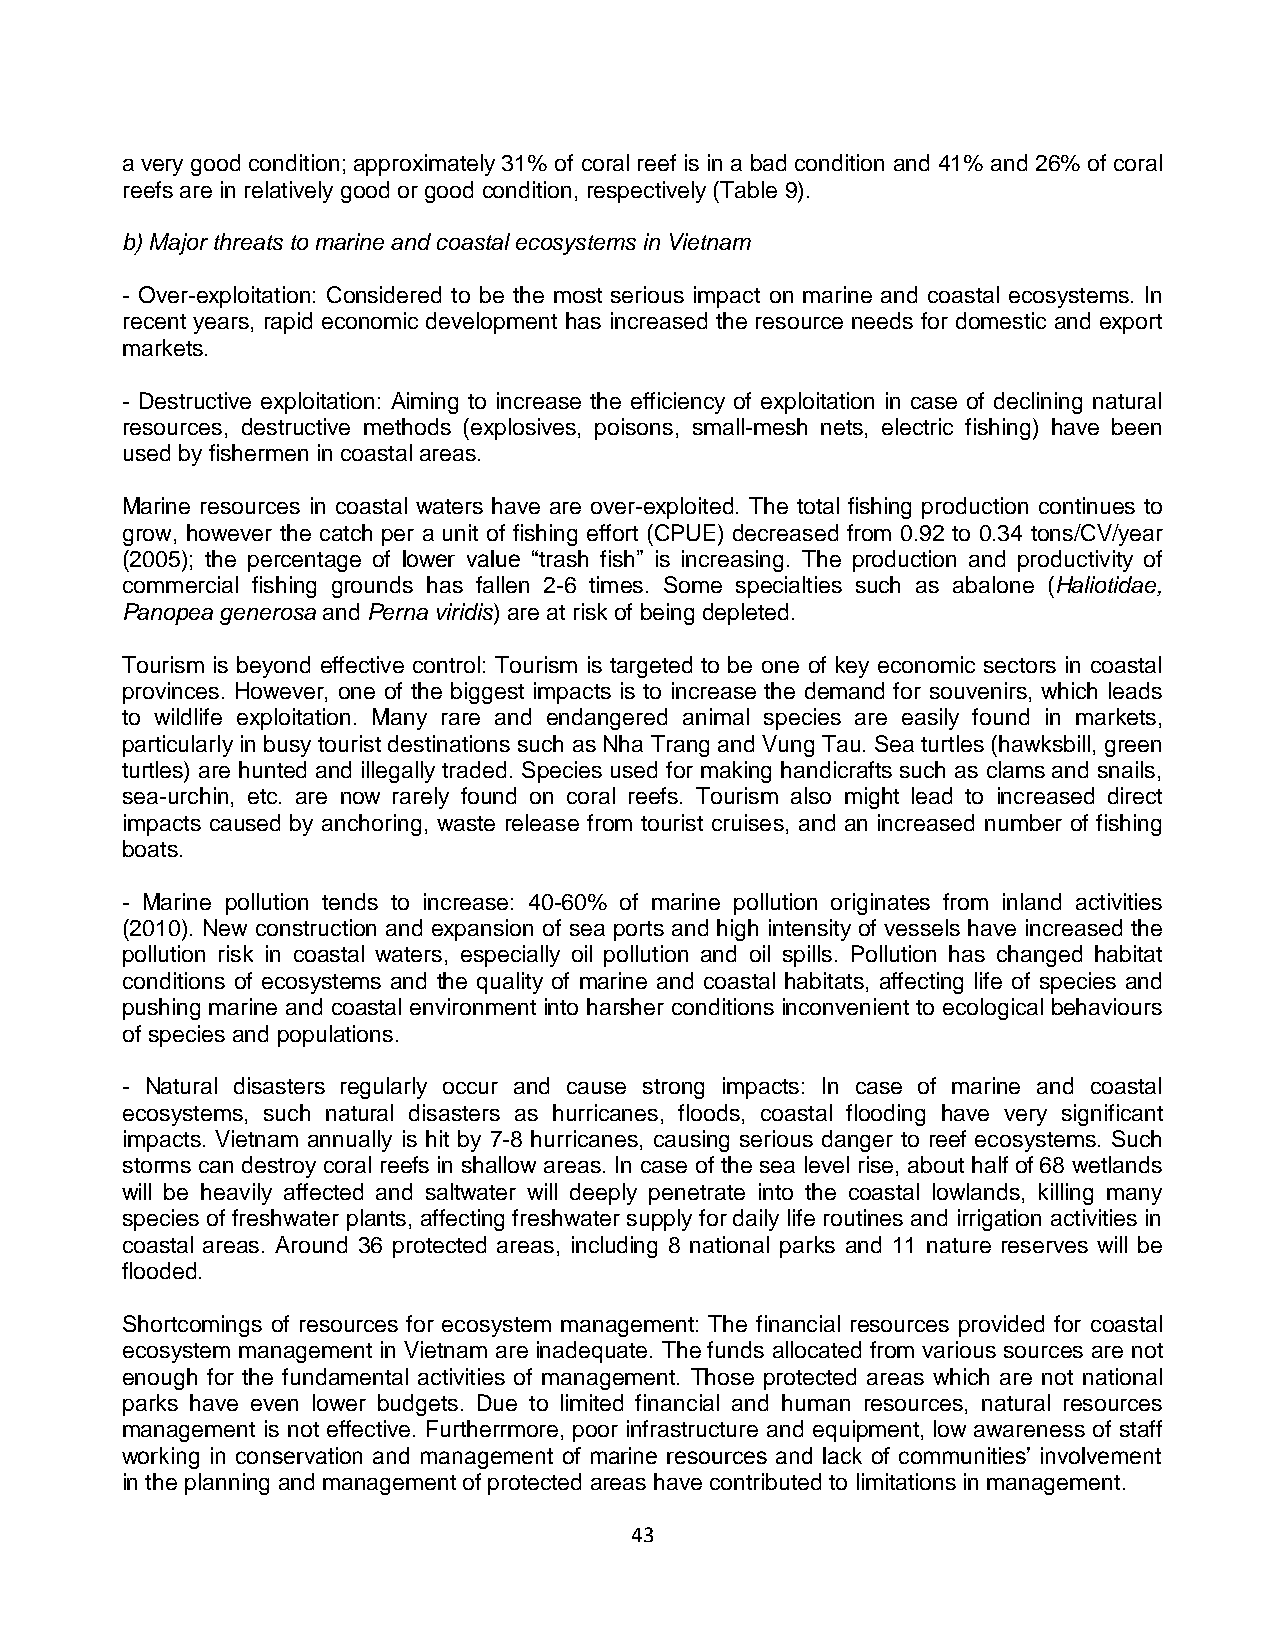
a very good condition; approximately 31% of coral reef is in a bad condition and 41% and 26% of coral
 reefs are in relatively good or good condition, respectively (Table 9).
 b) Major threats to marine and coastal ecosystems in Vietnam
 - Over-exploitation: Considered to be the most serious impact on marine and coastal ecosystems. In
 recent years, rapid economic development has increased the resource needs for domestic and export
 markets.
 - Destructive exploitation: Aiming to increase the efficiency of exploitation in case of declining natural
 resources, destructive methods (explosives, poisons, small-mesh nets, electric fishing) have been
 used by fishermen in coastal areas.
 Marine resources in coastal waters have are over-exploited. The total fishing production continues to
 grow, however the catch per a unit of fishing effort (CPUE) decreased from 0.92 to 0.34 tons/CV/year
 (2005); the percentage of lower value “trash fish” is increasing. The production and productivity of
 commercial fishing grounds has fallen 2-6 times. Some specialties such as abalone (Haliotidae,
 Panopea generosa and Perna viridis) are at risk of being depleted.
 Tourism is beyond effective control: Tourism is targeted to be one of key economic sectors in coastal
 provinces. However, one of the biggest impacts is to increase the demand for souvenirs, which leads
 to wildlife exploitation. Many rare and endangered animal species are easily found in markets,
 particularly in busy tourist destinations such as Nha Trang and Vung Tau. Sea turtles (hawksbill, green
 turtles) are hunted and illegally traded. Species used for making handicrafts such as clams and snails,
 sea-urchin, etc. are now rarely found on coral reefs. Tourism also might lead to increased direct
 impacts caused by anchoring, waste release from tourist cruises, and an increased number of fishing
 boats.
 - Marine pollution tends to increase: 40-60% of marine pollution originates from inland activities
 (2010). New construction and expansion of sea ports and high intensity of vessels have increased the
 pollution risk in coastal waters, especially oil pollution and oil spills. Pollution has changed habitat
 conditions of ecosystems and the quality of marine and coastal habitats, affecting life of species and
 pushing marine and coastal environment into harsher conditions inconvenient to ecological behaviours
 of species and populations.
 - Natural disasters regularly occur and cause strong impacts: In case of marine and coastal
 ecosystems, such natural disasters as hurricanes, floods, coastal flooding have very significant
 impacts. Vietnam annually is hit by 7-8 hurricanes, causing serious danger to reef ecosystems. Such
 storms can destroy coral reefs in shallow areas. In case of the sea level rise, about half of 68 wetlands
 will be heavily affected and saltwater will deeply penetrate into the coastal lowlands, killing many
 species of freshwater plants, affecting freshwater supply for daily life routines and irrigation activities in
 coastal areas. Around 36 protected areas, including 8 national parks and 11 nature reserves will be
 flooded.
 Shortcomings of resources for ecosystem management: The financial resources provided for coastal
 ecosystem management in Vietnam are inadequate. The funds allocated from various sources are not
 enough for the fundamental activities of management. Those protected areas which are not national
 parks have even lower budgets. Due to limited financial and human resources, natural resources
 management is not effective. Furtherrmore, poor infrastructure and equipment, low awareness of staff
 working in conservation and management of marine resources and lack of communities’ involvement
 in the planning and management of protected areas have contributed to limitations in management.
 43